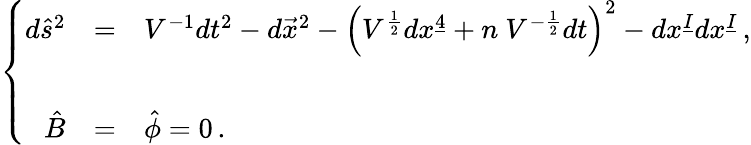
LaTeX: \left\{ \begin{array}{rcl}{{d\hat{s}^{2}}}&{{=}}&{{V^{-1}dt^{2}-d\vec{x}^{2}-\left(V^{\frac{1}{2}}dx^{\underline{{{4}}}}+n\ V^{-\frac{1}{2}}dt\right)^{2}-dx^{\underline{{{I}}}}dx^{\underline{{{I}}}}\, ,}}\\ {{}}&{{}}&{{}}\\ {{\hat{B}}}&{{=}}&{{\hat{\phi}=0\, .}}\end{array}\right.